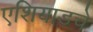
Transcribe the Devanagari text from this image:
एशियाडचे